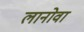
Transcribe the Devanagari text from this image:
लानोवा